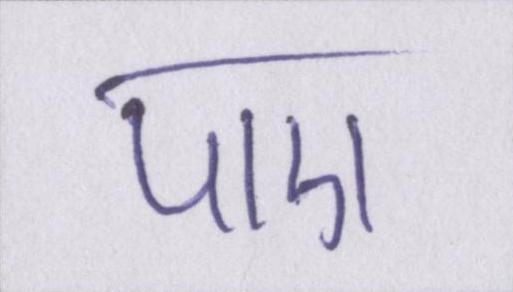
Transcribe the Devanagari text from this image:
पाए